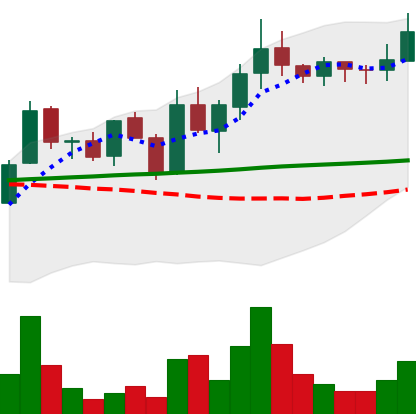
Ticker: LINK-USD
Chart end date: 2019-01-22
Forward return: -19.726%
Label: down_7plus